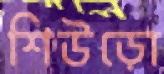
শিউড়ো